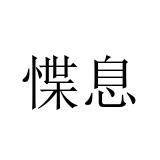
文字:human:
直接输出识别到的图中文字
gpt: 惵息